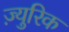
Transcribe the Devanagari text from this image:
ज़्युरिक